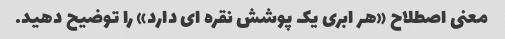
معنی اصطلاح «هر ابری یک پوشش نقره ای دارد» را توضیح دهید.